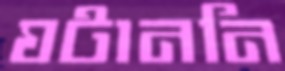
ঘটাননি